Report on sanitation, dispensaries, and jails in Rajputana for 1911, and on vaccination for the year 1911-1912 - 1911-1912
Year: 1911
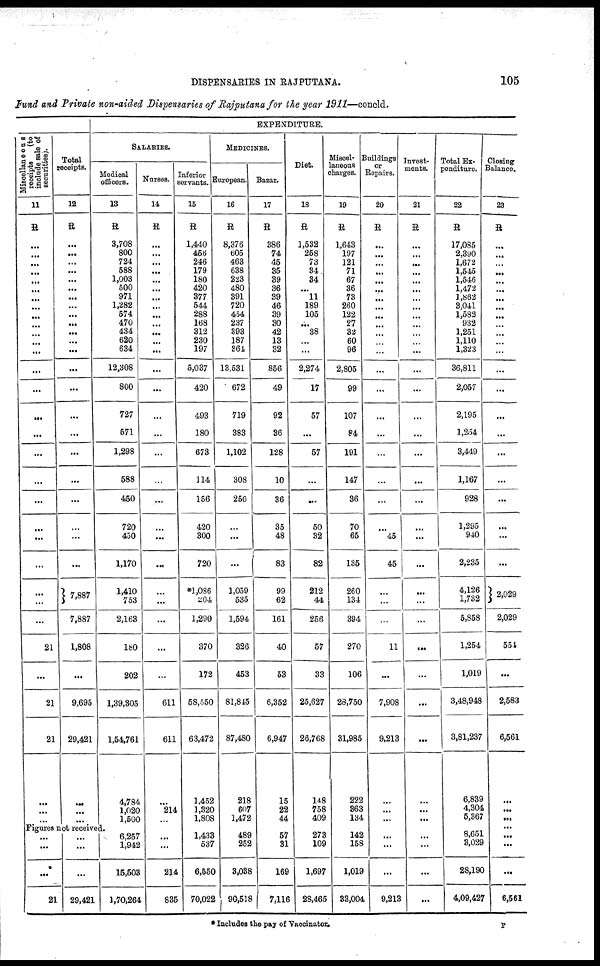
DISPENSARIES IN RAJPUTANA.
105
Fund and Private non-aided Dispensaries of Rajputana for the year 1911—concld.
Miscellaneous
receipts
(to
include sale of
securities).
11
R
...
...
...
...
...
...
...
...
...
...
...
...
...
...
...
...
...
...
...
...
...
...
...
...
...
...
21
...
21
21
...
...
...
Total
receipts.
12
R
...
...
...
...
...
...
...
...
...
...
...
...
...
...
...
...
...
...
...
...
...
...
...
7,887
7,887
1,808
...
9,695
29,421
...
...
...
EXPENDITURE.
SALARIES.
Medical
officers.
13
R
3,708
800
724
588
1,003
500
971
1,282
574
470
434
620
634
12,308
800
727
571
1,298
588
450
720
450
1,170
1,410
753
2,163
180
202
1,39,305
1,54,761
4,784
1,020
1,500
Figures not received.
...
...
...
21
...
...
...
29,421
6,257
1,942
15,503
1,70,264
Nurses.
14
R
...
...
...
...
...
...
...
...
...
...
...
...
...
...
...
...
...
...
...
...
...
...
...
...
...
...
...
...
611
611
...
214
...
...
...
214
835
Inferior
servants.
15
R
1,440
456
246
179
180
420
377
544
288
168
312
230
197
5,037
420
493
180
673
314
156
420
300
720
*1,086
204
1,290
370
172
58,550
63,472
1,452
1,320
1,808
1,433
537
6,550
70,022
MEDICINES.
European.
16
R
8,376
605
463
638
223
480
391
720
454
237
393
187
864
13,531
672
719
383
1,102
308
250
...
...
...
1,059
535
1,594
326
453
81,845
87,480
218
607
1,472
489
252
3,038
90,518
Bazar.
17
R
386
74
45
35
39
36
39
46
39
30
42
13
32
856
49
92
36
128
10
36
35
48
83
99
62
161
40
53
6,352
6,947
15
22
44
57
31
169
7,116
Diet.
18
R
1,532
258
73
34
34
...
11
189
105
...
38
...
...
2,274
17
57
...
57
...
...
50
32
82
212
44
256
57
33
25,627
26,768
148
758
409
273
109
1,697
28,465
Miscel¬
laneous
charges.
19
R
1,643
197
121
71
67
36
73
260
122
27
32
60
96
2,805
99
107
84
191
147
36
70
65
135
260
134
394
270
106
28,750
31,985
222
363
134
142
158
1,019
33,004
Buildings
or
Repairs.
20
R
...
...
...
...
...
...
...
...
...
...
...
...
...
...
...
...
...
...
...
...
...
45
45
...
...
...
11
...
7,908
9,213
...
...
...
...
...
...
9,213
Invest¬
ments.
21
R
...
...
...
...
...
...
...
...
...
...
...
...
...
...
...
...
...
...
...
...
...
...
...
...
...
...
...
...
...
...
...
...
...
...
...
...
...
Total Ex-
penditure.
22
R
17,085
2,390
1,672
1,545
1,546
1,472
1,862
3,041
1,582
932
1,251
1,110
1,323
36,811
2,057
2,195
l,254
3,449
1,167
928
1,295
940
2,235
4,126
1,732
5,858
1,254
1,019
3,48,948
3,81,237
6,839
4,304
5,367
8,651
3,029
28,190
4,09,427
Closing
Balance.
23
R
...
...
...
...
...
...
...
...
...
...
...
...
...
...
...
...
...
...
...
...
...
...
...
2,029
2,029
554
...
2,583
6,561
...
...
...
...
...
...
...
6,561
* Includes the pay of Vaccinator.
P